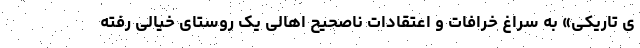
ی تاریکی» به سراغ خرافات و اعتقادات ناصحیح اهالی یک روستای خیالی رفته